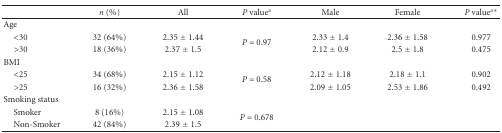
<table><thead><tr><td><b> </b></td><td><b><i>n</i> (%)</b></td><td><b>All</b></td><td><b><i>P</i> value<sup>a</sup></b></td><td><b>Male</b></td><td><b>Female</b></td><td><b><i>P</i> value<sup>a∗</sup></b></td></tr></thead><tbody><tr><td>Age </td><td> </td><td> </td><td> </td><td> </td><td> </td><td> </td></tr><tr><td> &lt;30</td><td>32 (64%)</td><td>2.35 ± 1.44</td><td rowspan="2"><i>P</i> = 0.97</td><td>2.33 ± 1.4</td><td>2.36 ± 1.58</td><td>0.977</td></tr><tr><td> &gt;30</td><td>18 (36%)</td><td>2.37 ± 1.5</td><td>2.12 ± 0.9</td><td>2.5 ± 1.8</td><td>0.475</td></tr><tr><td>BMI</td><td> </td><td> </td><td> </td><td> </td><td> </td><td> </td></tr><tr><td> &lt;25</td><td>34 (68%)</td><td>2.15 ± 1.12</td><td rowspan="2"><i>P</i> = 0.58</td><td>2.12 ± 1.18</td><td>2.18 ± 1.1</td><td>0.902</td></tr><tr><td> &gt;25</td><td>16 (32%)</td><td>2.36 ± 1.58</td><td>2.09 ± 1.05</td><td>2.53 ± 1.86</td><td>0.492</td></tr><tr><td>Smoking status</td><td> </td><td> </td><td> </td><td> </td><td> </td><td> </td></tr><tr><td> Smoker</td><td> 8 (16%)</td><td>2.15 ± 1.08</td><td rowspan="2"><i>P</i> = 0.678</td><td> </td><td> </td><td> </td></tr><tr><td> Non-Smoker</td><td>42 (84%)</td><td>2.39 ± 1.5</td><td> </td><td> </td><td> </td></tr></tbody></table>